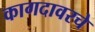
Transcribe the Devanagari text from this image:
कागदावरचे